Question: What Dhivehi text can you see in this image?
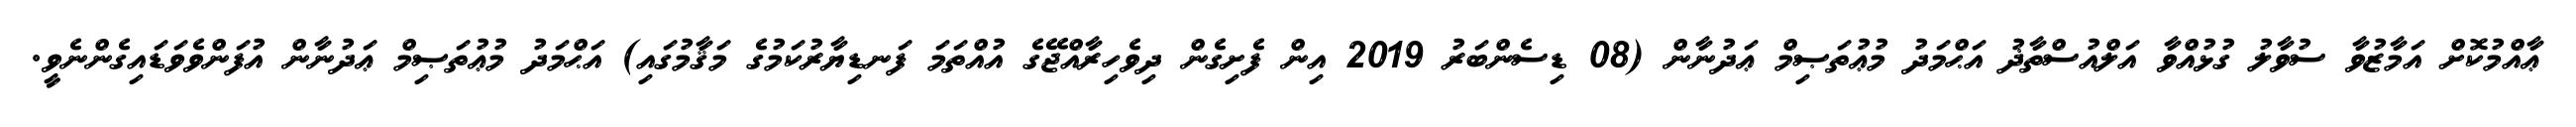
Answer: ޢާއްމުކޮށް އަމާޒުވާ ސުވާލު ގުޅުއްވާ އަލްއުސްތާޛު އަޙްމަދު މުޢުތަޞިމް ޢަދުނާން (08 ޑިސެންބަރު 2019 އިން ފެށިގެން ދިވެހިރާއްޖޭގެ އުއްތަމަ ފަނޑިޔާރުކަމުގެ މަޤާމުގައި) އަޙްމަދު މުޢުތަޞިމް ޢަދުނާން އުފަންވެވަޑައިގެންނެވީ.